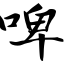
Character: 啤